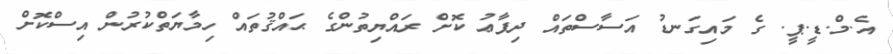
އެ.މް.ޑީ.ޕީ. ގެ މައިގަނޑު އަސާސްތައް ދިފާޢު ކޮށް ރައްޔިތުންގެ ޙައްޤުތައް ހިމާޔަތްކުރުން އިސްކޮށް